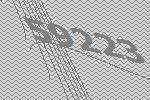
59223